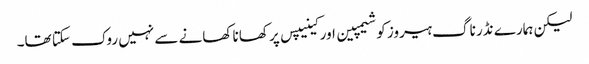
لیکن ہمارے نڈر ناگ ہیروز کو شیمپین اور کینیپس پر کھانا کھانے سے نہیں روک سکتا تھا۔